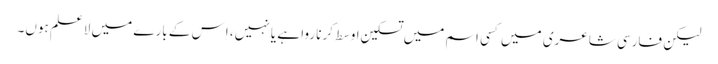
لیکن فارسی شاعری میں کسی اسم میں تسکینِ اوسط کرنا روا ہے یا نہیں، اِس کے بارے میں لاعلم ہوں۔